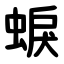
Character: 蜧